Report of the Indian Hemp Drugs Commission, 1894-1895 - Volume II
Year: 1894
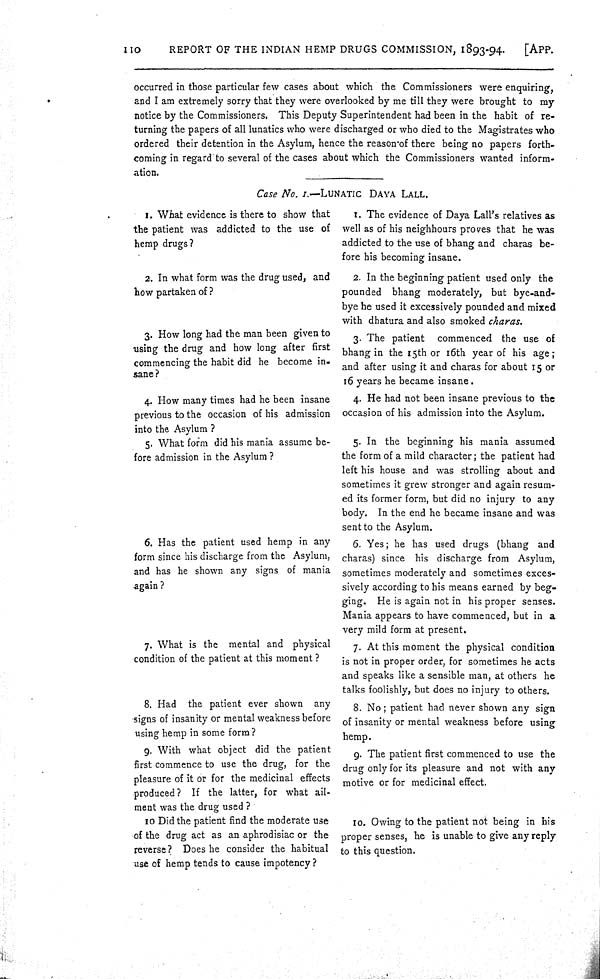
110
REPORT OF THE INDIAN HEMP DRUGS COMMISSION, 1893-94.
[APP.
occurred in those particular few cases about which the Commissioners were enquiring,
and I am extremely sorry that they were overlooked by me till they were brought to my
notice by the Commissioners. This Deputy Superintendent had been in the habit of re-
turning the papers of all lunatics who were discharged or who died to the Magistrates who
ordered their detention in the Asylum, hence the reason of there being no papers forth-
coming in regard to several of the cases about which the Commissioners wanted inform-
ation.
Case No. I.—LUNATIC DAYA LALL.
1. What evidence is there to show that
the patient was addicted to the use of
hemp drugs?
1. The evidence of Daya Lall's relatives as
well as of his neighhours proves that he was
addicted to the use of bhang and charas be-
fore his becoming insane.
2. In what form was the drug used, and
how partaken of ?
2. In the beginning patient used only the
pounded bhang moderately, but bye-and-
bye he used it excessively pounded and mixed
with dhatura and also smoked charas.
3. How long had the man been given to
using the drug and how long after first
commencing the habit did he become in-
sane?
3. The patient commenced the use of
bhang in the 15th or 16th year of his age;
and after using it and charas for about 15 or
16 years he became insane.
4. How many times had he been insane
previous to the occasion of his admission
into the Asylum ?
4. He had not been insane previous to the
occasion of his admission into the Asylum.
5. What form did his mania assume be-
fore admission in the Asylum ?
5. In the beginning his mania assumed
the form of a mild character; the patient had
left his house and was strolling about and
sometimes it grew stronger and again resum-
ed its former form, but did no injury to any
body. In the end he became insane and was
sent to the Asylum.
6. Has the patient used hemp in any
form since his discharge from the Asylum,
and has he shown any signs of mania
again ?
6. Yes; he has used drugs (bhang and
charas) since his discharge from Asylum,
sometimes moderately and sometimes exces-
sively according to his means earned by beg-
ging. He is again not in his proper senses.
Mania appears to have commenced, but in a
very mild form at present.
7. What is the mental and physical
condition of the patient at this moment ?
7. At this moment the physical condition
is not in proper order, for sometimes he acts
and speaks like a sensible man, at others he
talks foolishly, but does no injury to others.
8. Had the patient ever shown any
signs of insanity or mental weakness before
using hemp in some form?
8. No; patient had never shown any sign
of insanity or mental weakness before using
hemp.
9. With what object did the patient
first commence to use the drug, for the
pleasure of it or for the medicinal effects
produced? If the latter, for what ail-
ment was the drug used?
9. The patient first commenced to use the
drug only for its pleasure and not with any
motive or for medicinal effect.
10 Did the patient find the moderate use
of the drug act as an aphrodisiac or the
reverse? Does he consider the habitual
use of hemp tends to cause impotency?
10. Owing to the patient not being in his
proper senses, he is unable to give any reply
to this question.